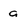
Character: a